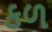
કળ